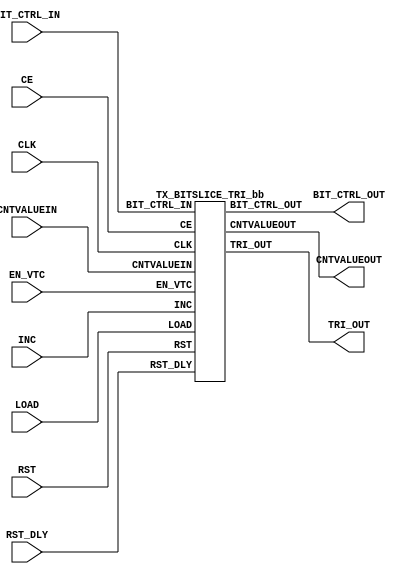
///////////////////////////////////////////////////////////////////////////////
//  Copyright (c) 1995/2015 Xilinx, Inc.
//  All Right Reserved.
///////////////////////////////////////////////////////////////////////////////
//
//   ____   ___
//  /   /\/   / 
// /___/  \  /     Vendor      : Xilinx 
// \   \   \/      Version     : 2015.4
//  \   \          Description : Xilinx Formal Library Component
//  /   /                        
// /___/   /\      Filename    : TX_BITSLICE_TRI.v
// \   \  /  \ 
//  \___\/\___\                    
//                                 
///////////////////////////////////////////////////////////////////////////////
//  Revision:
//    10/31/14 - Added inverter functionality for IS_*_INVERTED parameter (CR 828995).
//  End Revision:
///////////////////////////////////////////////////////////////////////////////

`timescale 1 ps / 1 ps 

`celldefine

module TX_BITSLICE_TRI #(
  `ifdef XIL_TIMING //Simprim 
  parameter LOC = "UNPLACED",  
  `endif
  parameter integer DATA_WIDTH = 8,
  parameter DELAY_FORMAT = "TIME",
  parameter DELAY_TYPE = "FIXED",
  parameter integer DELAY_VALUE = 0,
  parameter [0:0] INIT = 1'b1,
  parameter [0:0] IS_CLK_INVERTED = 1'b0,
  parameter [0:0] IS_RST_DLY_INVERTED = 1'b0,
  parameter [0:0] IS_RST_INVERTED = 1'b0,
  parameter NATIVE_ODELAY_BYPASS = "FALSE",
  parameter OUTPUT_PHASE_90 = "FALSE",
  parameter real REFCLK_FREQUENCY = 300.0,
  parameter SIM_DEVICE = "ULTRASCALE",  
  parameter real SIM_VERSION = 2.0,     
  parameter UPDATE_MODE = "ASYNC"
)(
  output [39:0] BIT_CTRL_OUT,
  output [8:0] CNTVALUEOUT,
  output TRI_OUT,

  input [39:0] BIT_CTRL_IN,
  input CE,
  input CLK,
  input [8:0] CNTVALUEIN,
  input EN_VTC,
  input INC,
  input LOAD,
  input RST,
  input RST_DLY
);

   wire CLK_in;
   wire RST_DLY_in;
   wire RST_in;
   
   assign CLK_in = CLK ^ IS_CLK_INVERTED;
   assign RST_DLY_in = RST_DLY ^ IS_RST_DLY_INVERTED;
   assign RST_in = RST ^ IS_RST_INVERTED;
   
   TX_BITSLICE_TRI_bb inst_bb (
                 .BIT_CTRL_OUT(BIT_CTRL_OUT),
                 .CNTVALUEOUT(CNTVALUEOUT),
                 .TRI_OUT(TRI_OUT),
                 .BIT_CTRL_IN(BIT_CTRL_IN),
                 .CE(CE),
                 .CLK(CLK_in),
                 .CNTVALUEIN(CNTVALUEIN),
                 .EN_VTC(EN_VTC),
                 .INC(INC),
                 .LOAD(LOAD),
                 .RST(RST_in),
                 .RST_DLY(RST_DLY_in)
                 );

endmodule

module TX_BITSLICE_TRI_bb (
  output [39:0] BIT_CTRL_OUT,
  output [8:0] CNTVALUEOUT,
  output TRI_OUT,

  input [39:0] BIT_CTRL_IN,
  input CE,
  input CLK,
  input [8:0] CNTVALUEIN,
  input EN_VTC,
  input INC,
  input LOAD,
  input RST,
  input RST_DLY
);

endmodule

`endcelldefine